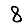
Digit: 8